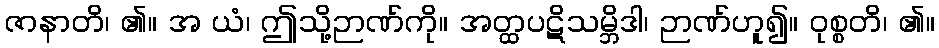
ဇာနာတိ၊ ၏။ အ ယံ၊ ဤသို့ဉာဏ်ကို။ အတ္ထပဋိသမ္ဘိဒါ၊ ဉာဏ်ဟူ၍။ ဝုစ္စတိ၊ ၏။